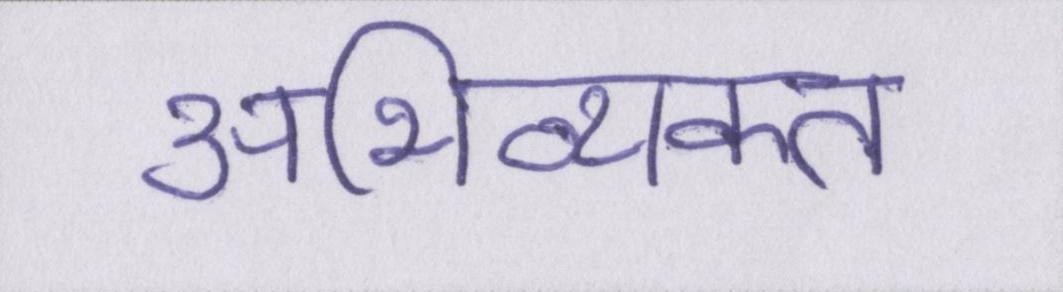
अभिव्यक्त